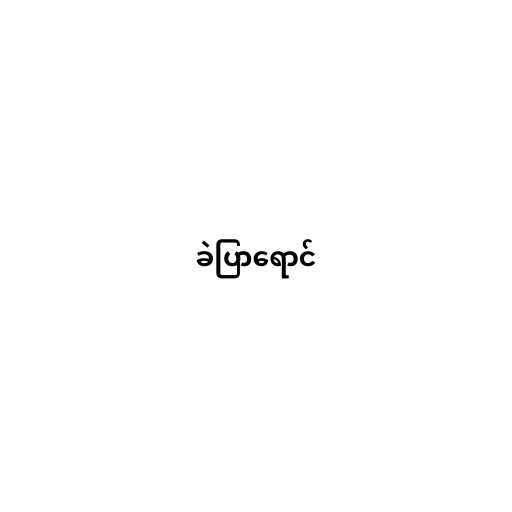
ခဲပြာရောင်